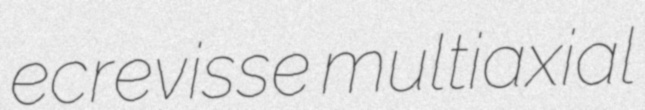
ecrevisse multiaxial